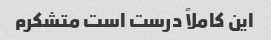
این کاملاً درست است متشکرم